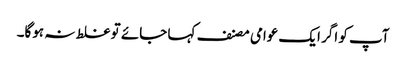
آپ کو اگر ایک عوامی مصنف کہا جائے تو غلط نہ ہوگا۔